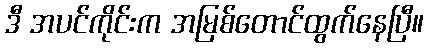
ဒီ အပင်ကိုင်းက အမြစ်တောင်ထွက်နေပြီ။